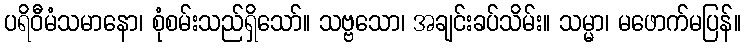
ပရိဝီမံသမာနော၊ စုံစမ်းသည်ရှိသော်။ သဗ္ဗသော၊ အချင်းခပ်သိမ်း။ သမ္မာ၊ မဖောက်မပြန်။